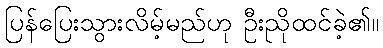
ပြန်ပြေးသွားလိမ့်မည်ဟု ဦးညိုထင်ခဲ့၏။